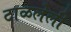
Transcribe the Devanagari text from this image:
टाळलेली